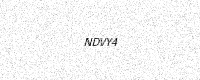
Text: NDVY4